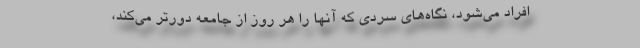
افراد می‌شود، نگاه‌های سردی که آنها را هر روز از جامعه دورتر می‌کند،